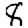
Digit: 8